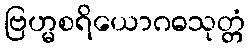
ဗြဟ္မစရိယောဂဓသုတ္တံ